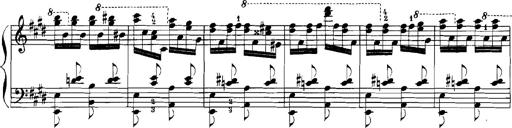
Title: Rhapsodies hongroises
Composer: Franz Liszt